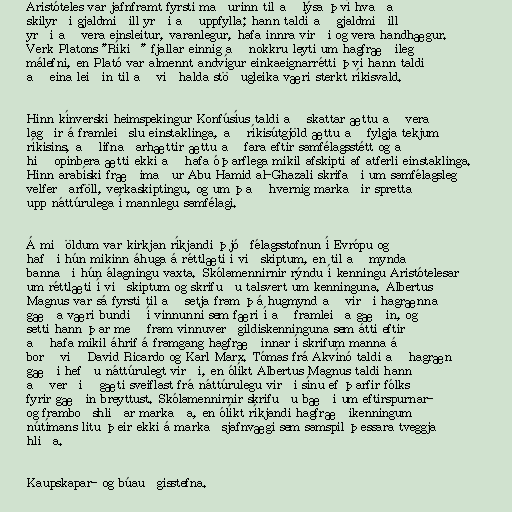
Aristóteles var jafnframt fyrsti maðurinn til að lýsa því hvaða
skilyrði gjaldmiðill yrði að uppfylla; hann taldi að gjaldmiðill
yrði að vera einsleitur, varanlegur, hafa innra virði og vera handhægur.
Verk Platons "Ríkið" fjallar einnig að nokkru leyti um hagfræðileg
málefni, en Plató var almennt andvígur einkaeignarrétti því hann taldi
að eina leiðin til að viðhalda stöðugleika væri sterkt ríkisvald.

Hinn kínverski heimspekingur Konfúsíus taldi að skattar ættu að vera
lagðir á framleiðslu einstaklinga, að ríkisútgjöld ættu að fylgja tekjum
ríkisins, að lifnaðarhættir ættu að fara eftir samfélagsstétt og að
hið opinbera ætti ekki að hafa óþarflega mikil afskipti af atferli einstaklinga.
Hinn arabíski fræðimaður Abu Hamid al-Ghazali skrifaði um samfélagsleg
velferðarföll, verkaskiptingu, og um það hvernig markaðir spretta
upp náttúrulega í mannlegu samfélagi.

Á miðöldum var kirkjan ríkjandi þjóðfélagsstofnun í Evrópu og
hafði hún mikinn áhuga á réttlæti í viðskiptum, en til að mynda
bannaði hún álagningu vaxta. Skólamennirnir rýndu í kenningu Aristótelesar
um réttlæti í viðskiptum og skrifuðu talsvert um kenninguna. Albertus
Magnus var sá fyrsti til að setja fram þá hugmynd að virði hagrænna
gæða væri bundið í vinnunni sem færi í að framleiða gæðin, og
setti hann þar með fram vinnuverðgildiskenninguna sem átti eftir
að hafa mikil áhrif á framgang hagfræðinnar í skrifum manna á
borð við David Ricardo og Karl Marx. Tómas frá Akvínó taldi að hagræn
gæði hefðu náttúrulegt virði, en ólíkt Albertus Magnus taldi hann
að verðið gæti sveiflast frá náttúrulegu virði sínu ef þarfir fólks
fyrir gæðin breyttust. Skólamennirnir skrifuðu bæði um eftirspurnar-
og framboðshliðar markaða, en ólíkt ríkjandi hagfræðikenningum
nútímans litu þeir ekki á markaðsjafnvægi sem samspil þessara tveggja
hliða.

Kaupskapar- og búauðgisstefna.